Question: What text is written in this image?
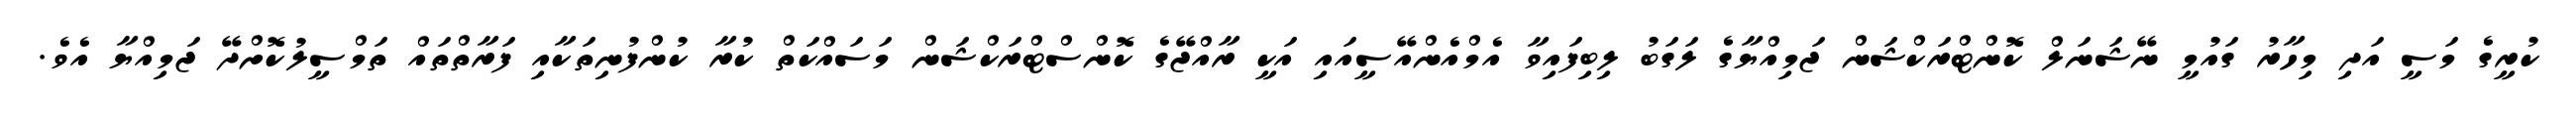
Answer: ކުރީގެ މަސީ އަދި މިހާރު ގައުމީ ނޭޝަނަލް ކޮންޓްރަކްޝަން ޖަމިއްޔާގެ ލަގަބު ލިބިފައިވާ އެމްއެންއޭސީއައި އަކީ ރާއްޖޭގެ ކޮންސްޓްރަކްޝަން މަސައްކަތް ކުރާ ކުންފުނިތަކާއި ފަރާތްތައް ތަމްސީލުކޮށްދޭ ޖަމިއްޔާ އެވެ.